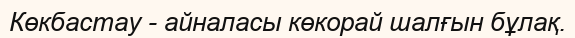
Көкбастау - айналасы көкорай шалғын бұлақ.